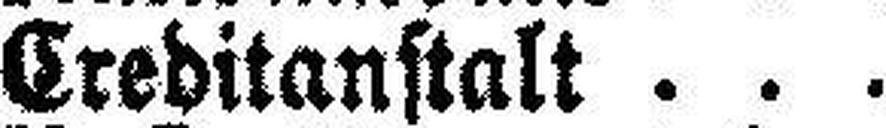
Creditanstalt